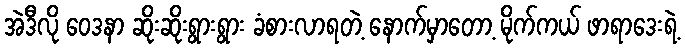
အဲဒီလို ဝေဒနာ ဆိုးဆိုးရွားရွား ခံစားလာရတဲ့ နောက်မှာတော့ မိုက်ကယ် ဖာရာဒေးရဲ့